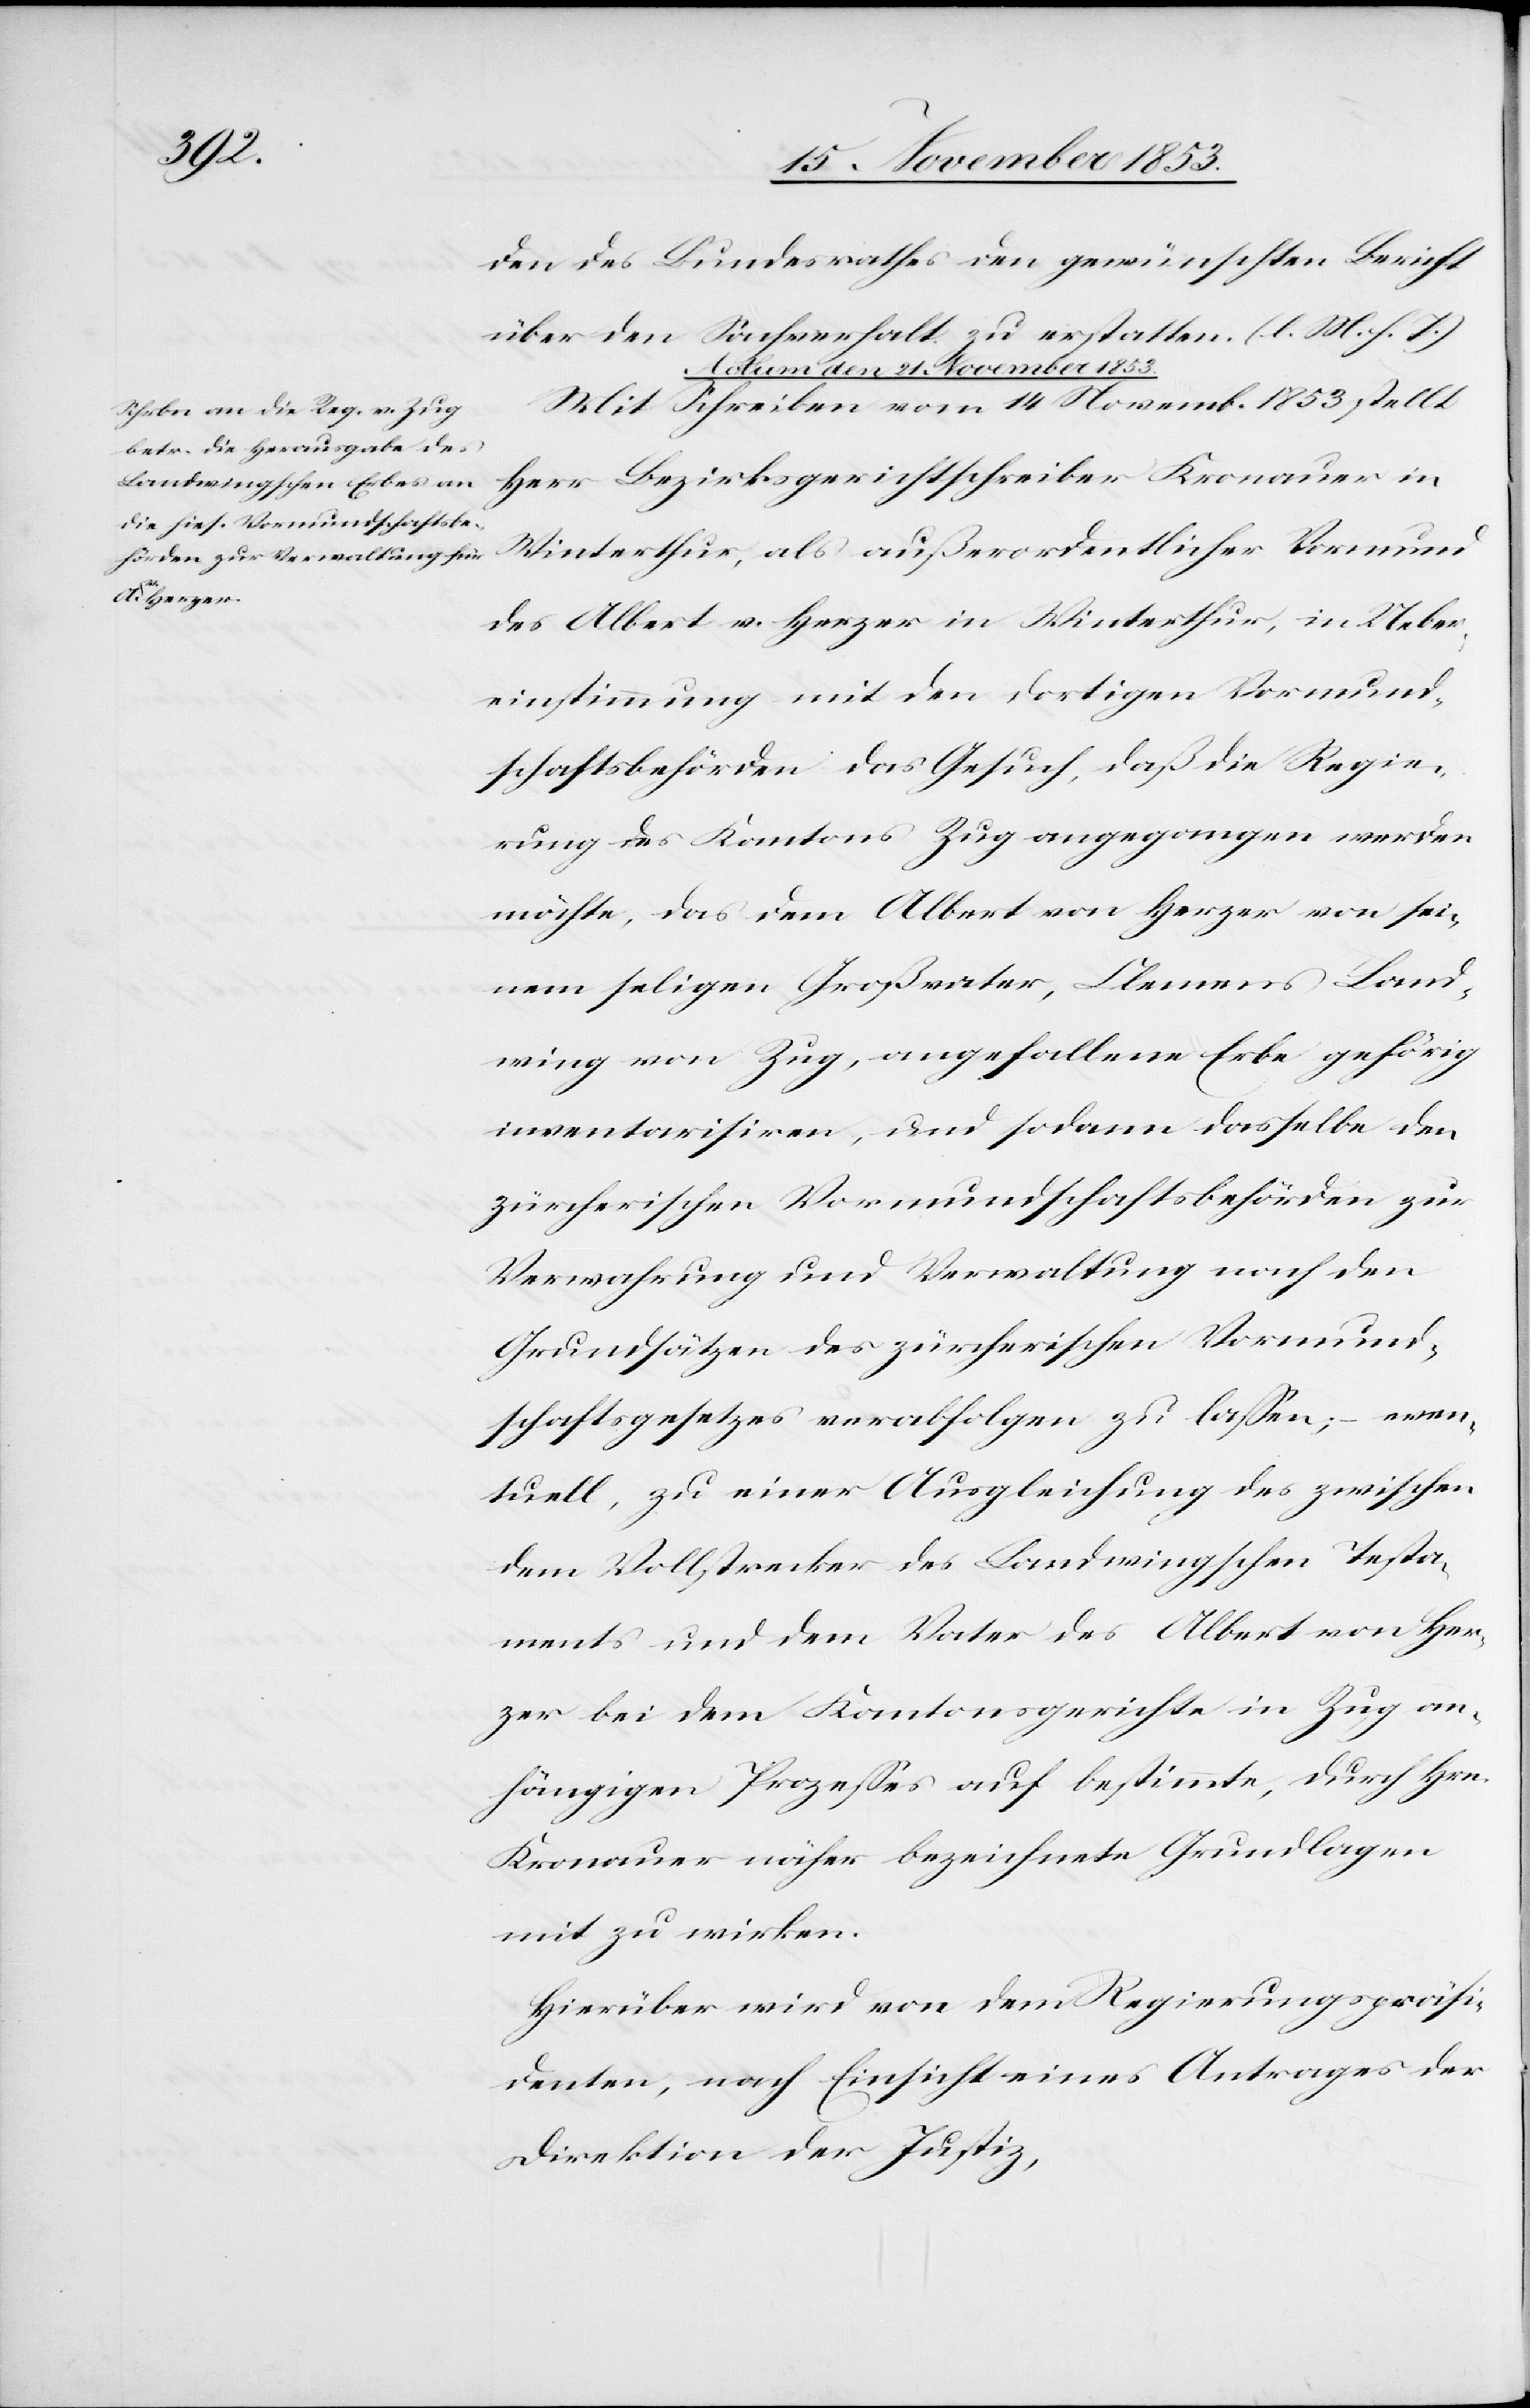
den des Bundesrathes den gewünschten Bericht
über den Sachverhalt zu erstatten. [l. M. h. T]
Actum den 21 November 1853.
Mit Schreiben vom 14 Novembr. 1853 stellt
Herr Bezirksgerichtsschreiber Kronauer in
Winterthur, als außerordentlicher Vormund
des Albert v. Herzer in Winterthur, in Ueber¬
einstimmung mit den dortigen Vormund¬
schaftsbehörden das Gesuch, daß die Regie¬
rung des Kantons Zug angegangen werden
möchte, das dem Albert von Herzer von sei¬
nem seligen Großvater, Clemens Land¬
wing von Zug, angefallene Erbe gehörig
inventarisiren, und sodann dasselbe den
zürcherischen Vormundschaftsbehörden zur
Verwahrung und Verwaltung nach den
Grundsätzen des zürcherischen Vormund¬
schaftsgesetzes verabfolgen zu laßen, – even¬
tuell, zu einer Ausgleichung des zwischen
dem Vollstrecker des Landwingschen Testa¬
ments und dem Vater des Albert von Her¬
zer bei dem Kantonsgerichte in Zug an¬
hängigen Prozeßes auf bestimmte, durch Hrn.
Kronauer näher bezeichnete Grundlagen
mit zu wirken.
Hierüber wird von dem Regierungspräsi¬
denten, nach Einsicht eines Antrages der
Direktion der Justiz,